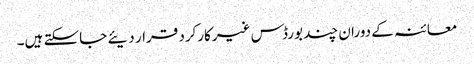
معائنہ کے دوران چند بورڈس غیرکارکرد قرار دیئے جاسکتے ہیں۔